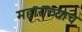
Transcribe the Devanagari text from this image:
महाराच्याच